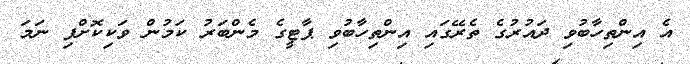
އެ އިންތިހާބުވި ދައުރުގެ ތެރޭގައި އިންތިހާބުވި ޕާޓީގެ މެންބަރު ކަމުން ވަކިކޮށްފި ނަަމަ